Calcutta medical institutions reports 1879-81 [i.e.91]
Year: 1879
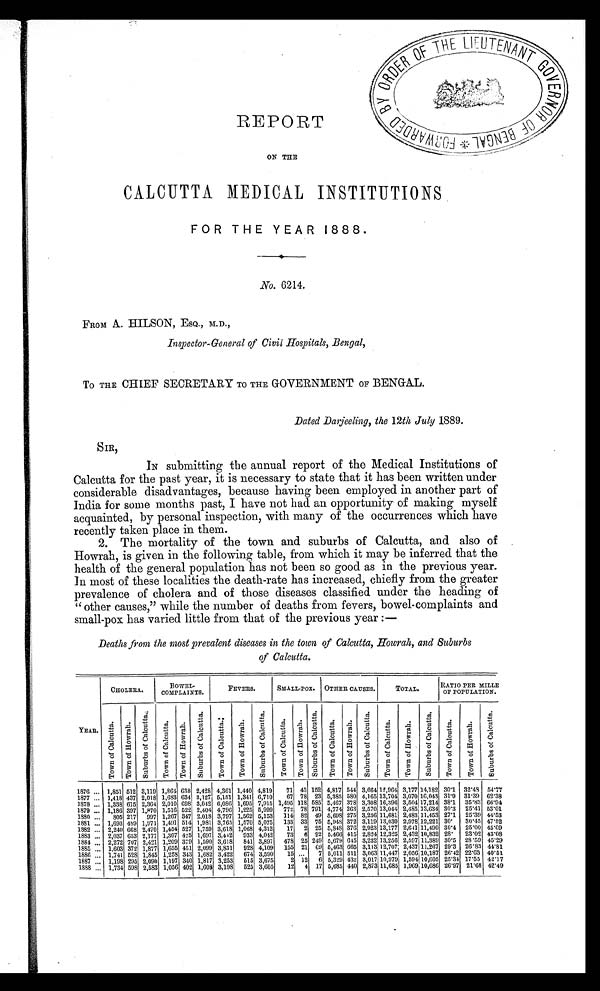
REPORT
ON THE
CALCUTTA MEDICAL INSTITUTIONS
FOR THE YEAR 1888.
No. 6214.
FROM A. HILSON, ESQ., M.D.,
Inspector-General of Civil Hospitals, Bengal,
To THE CHIEF SECRETARY TO THE GOVERNMENT OF BENGAL.
Dated Darjeeling, the 12th July 1889.
S I R ,
IN submitting the annual report of the Medical Institutions of
Calcutta for the past year, it is necessary to state that it has been written under
considerable disadvantages, because having been employed in another part of
India for some months past, I have not had an opportunity of making myself
acquainted, by personal inspection, with many of the occurrences which have
recently taken place in them.
2. The mortality of the town and suburbs of Calcutta, and also of
Howrah, is given in the following table, from which it may be inferred that the
health of the general population has not been so good as in the previous year.
In most of these localities the death-rate has increased, chiefly from the greater
prevalence of cholera and of those diseases classified under the heading of
"other causes," while the number of deaths from fevers, bowel-complaints and
small-pox has varied little from that of the previous year :—
Deaths from the most prevalent diseases in the town of Calcutta, Howrah, and Suburbs
of Calcutta.
CHOLERA.
BOWEL-
COMPLAINTS.
FEVERS.
SMALL-POX. OTHER CAUSES.
TOTAL.
RATIO PER MILLE
OF POPULATION.
YEAR.
T o w n o f C a l c u t t a . T o wn o f Ho wr a h .
S u b u r b s o f C a l c u t t a .
T o w n o f C a l c u t t a . T o wn o f Ho wr a h .
S u b u r b s o f C a l c u t t a . T o w n o f C a l c u t t a .
T o w n o f H o w r a h .
S u b u r b s o f C a l c u t t a .
T o w n o f C a l c u t t a . T o w n o f H o w r a h .
S u b u r b s o f C a l c u t t a .
T o w n o f C a l c u t t a . v
S u b u r b s o f C a l c u t t a .
T o w n o f C a l c u t t a .
T o w n o f H o w r a h .
S u b u r b s o f C a l c u t t a .
T o w n o f C a l c u t t a . T o wn o f Ho wr a h .
S u b u r b s o f C a l c u t t a .
1876 ... 1,851 512 3,119 1,864 638 2,428 4,361 1,440 4,819
71 43 152 4,817 544 3,664 12,964 3,177 14,182 30.1 32.48 54.77
1877 ... 1,418 437 2,018 1,683 634 3,127 5,151 1,341 6,710
67 78 23 5,385 580 4,165 13,704 3,070 16,043 31.9 31.39 62.38
1878 .. 1,338 615 2,364 2,010 698 3,042 6,086 1,695 7,915 1,495 118 585 5,467 378 3,308 16,396 3,504 17,214 38.1
35.83 66.94
1879 ...
1,186 397 1,870 1,516 522 2,404 4,796 1,225 5,999
772 78 791 4,774 263 2,570 13,044 2,485 13,634 30.3
25.41 53.01
1880 ...
805 217
997 1,267 347 2,018 3,797 1,562 5,153
114 82 49 5,698 275 3,236 11,681 2,483 11,453 27.1
25.39 44.53
1881 ... 1,693 489 1,971 1,491 514 1,981 3,765 1,570 5,075
133 33 75 5,948 372 3,119 13,030 2,978 12,221 30.
30.45 47.52
1882 ... 2,240 668 2,470 1,454 527 1,759 3,618 1,068 4,313
17
2 25 5,848 376 2,923 13,177 2,641 11,490 30.4 25.00 45.69
1883 ... 2,037 653 2,177 1,307 425 1,697 3,442
933 4,042
73
6 92 5.466 415 2,824 12,325 2,432 10,832 28.
23.02 43.08
1884 ... 2,272 707 2,421 1,209 379 1,590 3,618
841 3,897
478 25 249 5,679 645 3,232 13,256 2,597 11,389 30.5
28.59 45.29
1885 ...
1,603 372 1,877 1,655 451 2,099 3,831
928 4,109
155 21 69 5,463 665 3,113 12,707 2,437 11,267 29.3
26.83 44.81
1886 ..
1,741 528 1,845 1,258 343 1,682 3,422
674 3,590
15 ...
7 5,011 511 3,063 11,447 2,056 10,187 26.42 22.63 40.51
1887
1,198 295 2,090 1,197 340 1,817 3,253
5 1 5 3,675
2 12
6 5,329 432 3,017 10,979 1,594 10,605 25.34 17.55 42.17
1888 ... 1,734 598 2,583 1,056 402 1,608 3,198
525 3,605
12
4 17 5,685 440 2,873 11,685 1,969 10,686 26.97 21.68 42.49